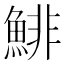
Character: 鯡